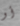
أو